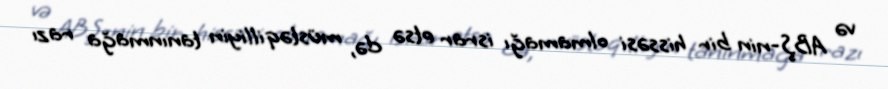
və ABŞ-nin bir hissəsi olmamağı israr etsə də, müstəqilliyin tanınmağa razı